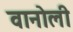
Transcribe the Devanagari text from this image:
वानोली